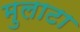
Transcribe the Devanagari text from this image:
मुलाटा